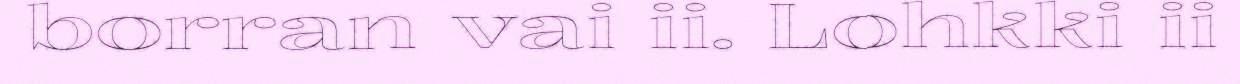
borran vai ii. Lohkki ii